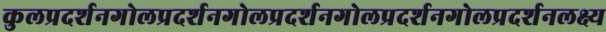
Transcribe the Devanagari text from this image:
कुलप्रदर्शनगोलप्रदर्शनगोलप्रदर्शनगोलप्रदर्शनगोलप्रदर्शनलक्ष्य